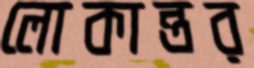
লোকান্তর